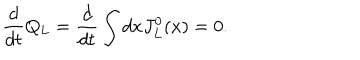
\frac { d } { d t } Q _ { L } = \frac { d } { d t } \int d x J _ { L } ^ { 0 } ( x ) = 0 .